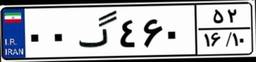
۰۰گ۴۶۰۵۲